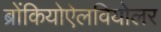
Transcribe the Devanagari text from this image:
ब्रोंकियोऐलवियोलर